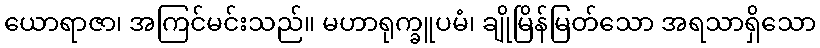
ယောရာဇာ၊ အကြင်မင်းသည်။ မဟာရုက္ခူပမံ၊ ချိုမြိန်မြတ်သော အရသာရှိသော